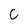
Character: c